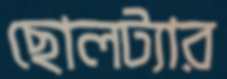
ছোলট্যার